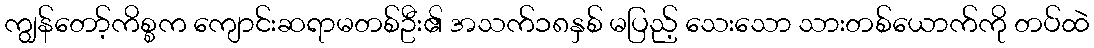
ကျွန်တော့်ကိစ္စက ကျောင်းဆရာမတစ်ဦး၏ အသက်၁၈နှစ် မပြည့် သေးသော သားတစ်ယောက်ကို တပ်ထဲ